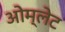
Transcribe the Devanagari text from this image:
ओम्लेट